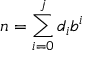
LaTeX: n = \sum _ { i = 0 } ^ { j } d _ { i } b ^ { i }